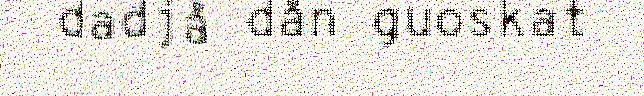
dadjå dån guoskat